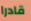
قادرا